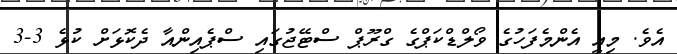
އެވެ. މިއީ އެންމެފަހުގެ ވޯލްޑްކަޕްގެ ގްރޫޕް ސްޓޭޖުގައި ސްޕެއިންއާ ދެކޮޅަށް ކުޅެ 3-3